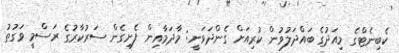
ކެބިނެޓްގެ މިއަދުގެ ބައްދަލުވުން ކުރިއަށް ގެންދަވަނީ: މާދަމާއިން ފެށިގެން ސަރުކާރުގެ ރަސްމީ ވަގުތު